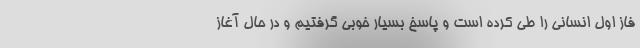
فاز اول انسانی را طی کرده است و پاسخ بسیار خوبی گرفتیم و در حال آغاز